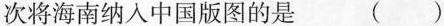
次将海南纳人中国版图的是 ( )